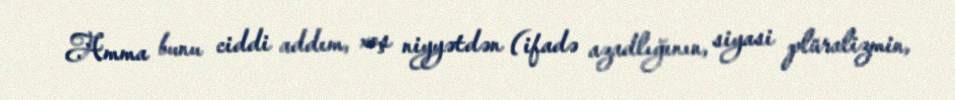
Amma bunu ciddi addım, xoş niyyətdən (ifadə azadlığının, siyasi plüralizmin,